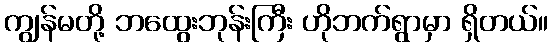
ကျွန်မတို့ ဘထွေးဘုန်းကြီး ဟိုဘက်ရွာမှာ ရှိတယ်။